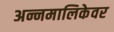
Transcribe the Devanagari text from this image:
अन्नमालिकेवर